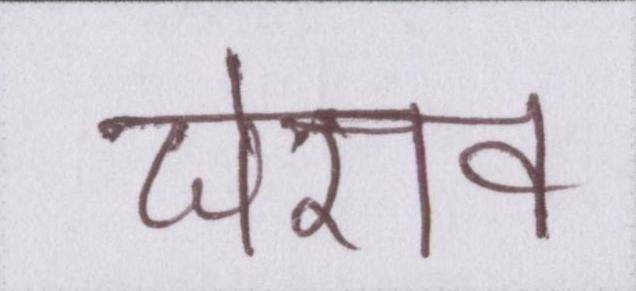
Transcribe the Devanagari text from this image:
घेराव